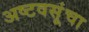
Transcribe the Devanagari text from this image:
अष्टवसूंचा